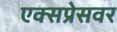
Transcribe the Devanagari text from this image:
एक्सप्रेसवर